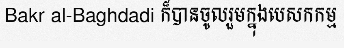
Bakr al-Baghdadi ក៏បានចូលរួមក្នុងបេសកកម្ម